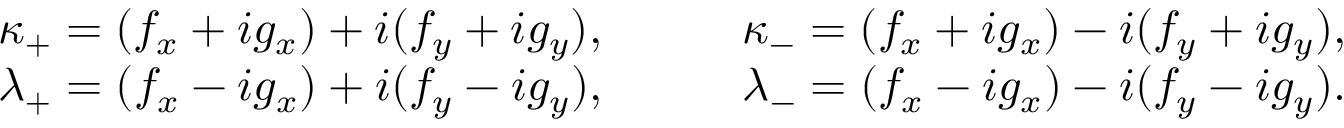
\begin{array} { l l } { { \kappa _ { + } = ( f _ { x } + i g _ { x } ) + i ( f _ { y } + i g _ { y } ) , } } & { { \qquad \kappa _ { - } = ( f _ { x } + i g _ { x } ) - i ( f _ { y } + i g _ { y } ) , } } \\ { { \lambda _ { + } = ( f _ { x } - i g _ { x } ) + i ( f _ { y } - i g _ { y } ) , } } & { { \qquad \lambda _ { - } = ( f _ { x } - i g _ { x } ) - i ( f _ { y } - i g _ { y } ) . } } \end{array}